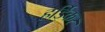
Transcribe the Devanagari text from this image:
हर्डिकर